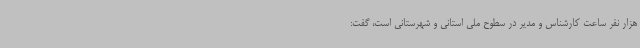
هزار نفر ساعت کارشناس و مدیر در سطوح ملی استانی و شهرستانی است، گفت: